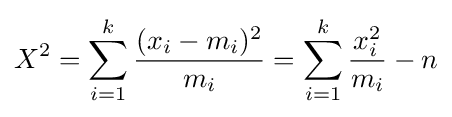
X^{2}=\sum _{i=1}^{k}{\frac {(x_{i}-m_{i})^{2}}{m_{i}}}=\sum _{i=1}^{k}{{\frac {x_{i}^{2}}{m_{i}}}-n}